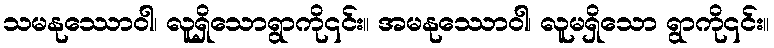
သမနုဿောဝါ၊ လူရှိသောရွာကို၎င်း။ အမနုဿောဝါ၊ လူမရှိသော ရွာကို၎င်း။